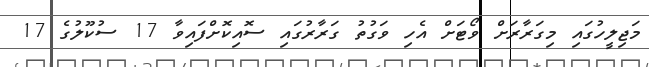
މަޖިލީހުގައި މިގަރާރަށް ވޯޓަށް އެހި ވަގުތު ގަރާރުގައި ސޮއިކޮށްފައިވާ 17 ސުކޫލުގެ 17